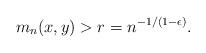
LaTeX: \begin{align*}m_n(x,y) > r= n^{-1/(1-\epsilon)}.\end{align*}